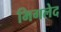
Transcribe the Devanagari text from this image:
मिगलेद